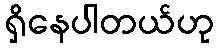
ရှိနေပါတယ်ဟု